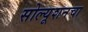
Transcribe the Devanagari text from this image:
सोल्यूशनचा